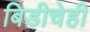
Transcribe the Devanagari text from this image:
बिडीचेही